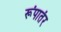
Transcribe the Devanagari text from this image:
रूंपातंर